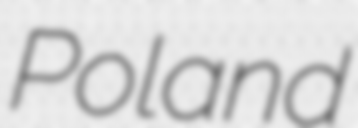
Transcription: Poland